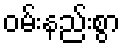
ဝမ်းနည်းစွာ